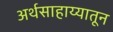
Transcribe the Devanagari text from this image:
अर्थसाहाय्यातून